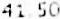
41.50